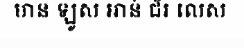
មាន ឡូស អាន់ ជ័រ លេស